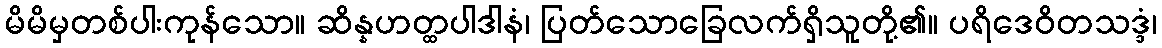
မိမိမှတစ်ပါးကုန်သော။ ဆိန္နဟတ္ထပါဒါနံ၊ ပြတ်သောခြေလက်ရှိသူတို့၏။ ပရိဒေဝိတသဒ္ဒံ၊